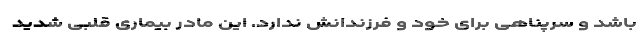
باشد و سرپناهی برای خود و فرزندانش ندارد. این مادر بیماری قلبی شدید